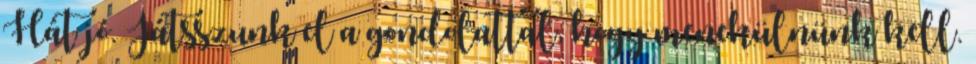
Hát jó. Játsszunk el a gondolattal, hogy menekülnünk kell.